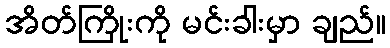
အိတ်ကြိုးကို မင်းခါးမှာ ချည်။